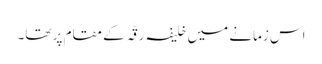
اس زمانے میں خلیفہ رقَّہ کے مقام پر تھا۔